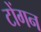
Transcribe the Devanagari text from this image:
टोंगन